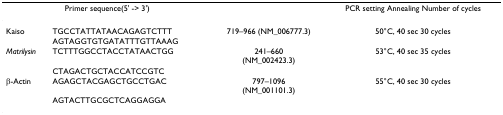
<table><thead><tr><td colspan="2"><b>Primer sequence(5' -&gt; 3')</b></td><td>[EMPTY_CELL]</td><td><b>PCR setting Annealing Number of cycles</b></td></tr></thead><tbody><tr><td>Kaiso</td><td>TGCCTATTATAACAGAGTCTTT</td><td>719–966 (NM_006777.3)</td><td>50°C, 40 sec 30 cycles</td></tr><tr><td>[EMPTY_CELL]</td><td>AGTAGGTGTGATATTTGTTAAAG</td><td>[EMPTY_CELL]</td><td>[EMPTY_CELL]</td></tr><tr><td><i>Matrilysin</i></td><td>TCTTTGGCCTACCTATAACTGG</td><td>241–660(NM_002423.3)</td><td>53°C, 40 sec 35 cycles</td></tr><tr><td>[EMPTY_CELL]</td><td>CTAGACTGCTACCATCCGTC</td><td>[EMPTY_CELL]</td><td>[EMPTY_CELL]</td></tr><tr><td>β-Actin</td><td>AGAGCTACGAGCTGCCTGAC</td><td>797–1096(NM_001101.3)</td><td>55°C, 40 sec 30 cycles</td></tr><tr><td>[EMPTY_CELL]</td><td>AGTACTTGCGCTCAGGAGGA</td><td>[EMPTY_CELL]</td><td>[EMPTY_CELL]</td></tr></tbody></table>